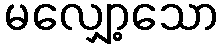
မလျှော့သော